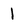
Character: 1